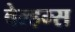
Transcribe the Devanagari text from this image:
वेल्हम्स